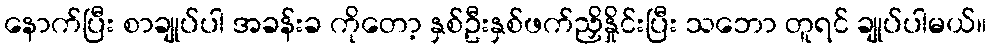
နောက်ပြီး စာချုပ်ပါ အခန်းခ ကိုတော့ နှစ်ဦးနှစ်ဖက်ညှိနှိုင်းပြီး သဘော တူရင် ချုပ်ပါမယ်။